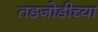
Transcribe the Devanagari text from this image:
तडजोडीच्या